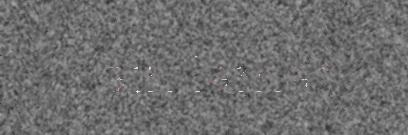
ain lamaš